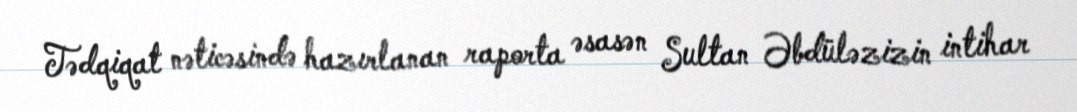
Tədqiqat nəticəsində hazırlanan raporta əsasən Sultan Əbdüləzizin intihar